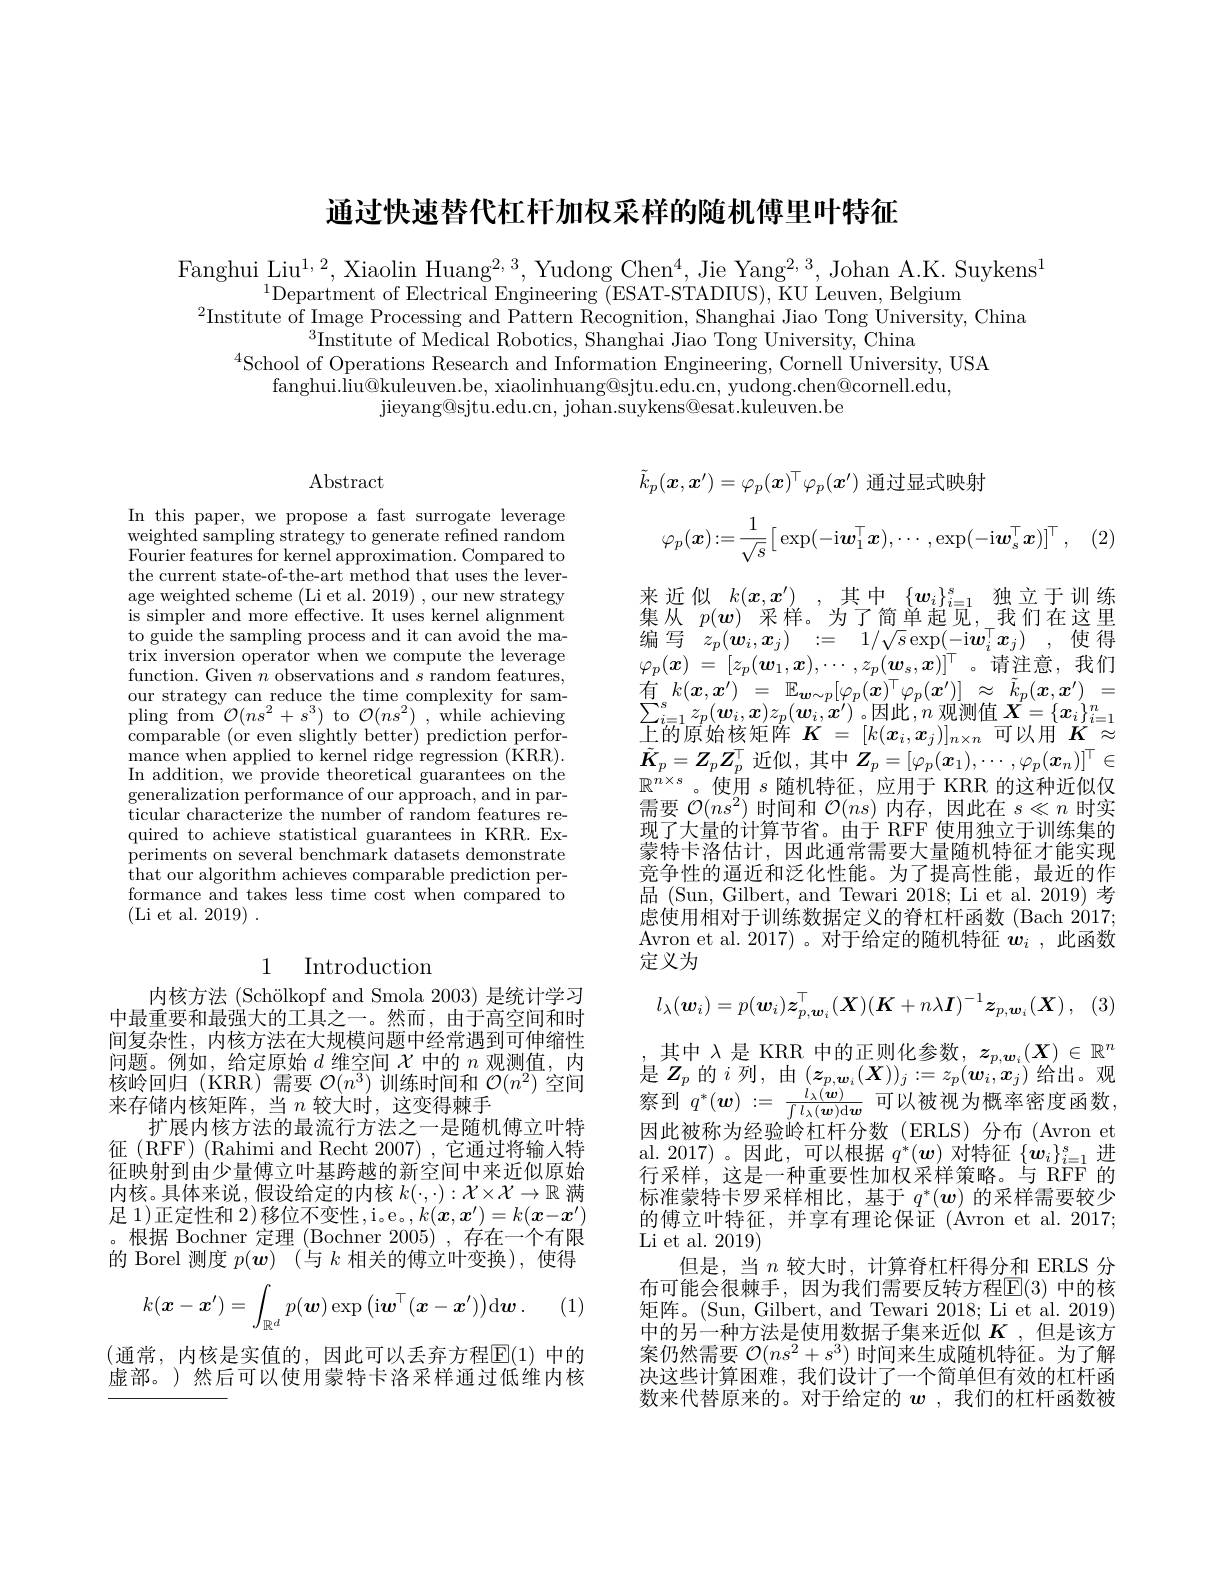
通过快速替代杠杆加权采样的随机傅里叶特征

Fanghui Liu$^1,2$, Xiaolin Huang$^2,3$, Yudong Chen$^4$, Jie Yang$^2,3$, Johan A.K. Suykens$^1$
$^{1}$Department of Electrical Engineering (ESAT-STADIUS), KU Leuven, Belgium
$^{2}$Institute of Image Processing and Pattern Recognition, Shanghai Jiao Tong University, China
$^{3}$Institute of Medical Robotics, Shanghai Jiao Tong University, China
$^{4}$School of Operations Research and Information Engineering, Cornell University, USA
fanghui.liu@kuleuven.be, xiaolinhuang@sjtu.edu.cn, yudong.chen@cornell.edu,
${\mathrm{jieyang@sjtu.edu.cn,~johan.suykens@esat.kuleuven.be}}$

## $\operatorname{Abstract}$

In this paper, we propose a fast surrogate leverage $\begin{array}{l}\mathrm{weighted~sampling~strategy~to~generate~refined~random}\\\mathrm{weighted~sampling~strategy~to~generate~refined~random}\end{array}$ Fourier features for kernel approximation. Compared to the current state-of-the-art method that uses the leverage weighted scheme (Li et al. 2019) ,our new strategy $\bar{\text{is simpler and more effective. It uses kernel alignment}}$ to guide the sampling process and it can avoid the matrix inversion operator when we compute the leverage function. Given $n$ observations and $s$ random features, our strategy can reduce the time complexity for sampling from $\mathcal{O}(ns^{2}+s^{3})$ to $\mathcal{O}(ns^{2})$, while achieving comparable (or even slightly better) prediction performance when applied to kernel ridge regression (KRR). In addition, we provide theoretical guarantees on the generalization performance of our approach, and in particular characterize the number of random features required to achieve statistical guarantees in KRR. Experiments on several benchmark datasets demonstrate that our algorithm achieves comparable prediction performance and takes less time cost when compared to (Li et al. 2019) .

## 1 Introduction

内核方法 (Schölkopf and Smola 2003) 是统计学习中最重要和最强大的工具之一。然而，由于高空间和时间复杂性，内核方法在大规模问题中经常遇到可伸缩性问题。例如，给定原始$d$维空间$\chi$中的$n$观测值，内核岭回归(KRR)需要$\mathcal{O}(n\overline{3})$训练时间和$\mathcal{O}(n^2)$空间来存储内核矩阵，当$n$较大时，这变得棘手
扩展内核方法的最流行方法之一是随机傅立叶特征 (RFF) (Rahimi and Recht 2007) ,它通过将输入特征映射到由少量傅立叶基跨越的新空间中来近似原始内核。具体来说，假设给定的内核$k(\cdot,\cdot):\mathcal{X}\times\mathcal{X}\to\mathbb{R}$满足 1)正定性和 2)移位不变性，i。e。$,k(\boldsymbol{x},\boldsymbol{x}^{\prime})=k(\boldsymbol{x}-\boldsymbol{x}^{\prime})$ 。根据 Bochner 定理 (Bochner 2005) ,存在一个有限的 Borel 测度$p( \boldsymbol{w})$ (与$k$相关的傅立叶变换),使得
$$k(\boldsymbol{x}-\boldsymbol{x}')=\int_{\mathbb{R}^d}p(\boldsymbol{w})\exp\left(\mathrm{i}\boldsymbol{w}^\top(\boldsymbol{x}-\boldsymbol{x}')\right)\mathrm{d}\boldsymbol{w}\:.$$
(1,

(通常，内核是实值的，因此可以丢弃方程$\mathbb{E}(1)$ 中的虚部。)然后可以使用蒙特卡洛采样通过低维内核
$$\varphi_p(\boldsymbol{x}):=\frac{1}{\sqrt{s}}\big[\exp(-\mathrm{i}\boldsymbol{w}_1^\top\boldsymbol{x}),\cdots,\exp(-\mathrm{i}\boldsymbol{w}_s^\top\boldsymbol{x})\big]^\top\:,$$
$$\tilde{k}_p(\boldsymbol{x},\boldsymbol{x}^{\prime})=\varphi_p(\boldsymbol{x})^\top\varphi_p(\boldsymbol{x}^{\prime})$$
来近似 $k( x, x^{\prime })$ ,其中$\{\boldsymbol w_i\}_i=1^s$独立于训练集从$p(\boldsymbol{w})$采样。为了简单起见，我们在这里编写$z_p( \boldsymbol{w}_i, \boldsymbol{x}_j)$ := $1/ \sqrt {s}\exp ( -$i$\boldsymbolw_i^\top \boldsymbol{x}_j)$ , 使得$\varphi _{p}( \boldsymbol{x})$ = $[ z_{p}( \boldsymbol{w}_{1}, \boldsymbol{x}) , \cdots$ $, z_{p}( \boldsymbol{w}_{s}, \boldsymbol{x}) ] ^{\top }$。请注意，我们$\begin{array}{cccc}\text{有}k(x,x^{\prime})&=&\mathbb{E}_{\boldsymbol{w}\sim p}[\varphi_{p}(\boldsymbol{x})^{\top}\varphi_{p}(\boldsymbol{x}^{\prime})]&\approx&\tilde{k}_{p}(\boldsymbol{x},\boldsymbol{x}^{\prime})\end{array}=$ $\sum_{i=1}^{s}z_{p}(\boldsymbol{w}_{i},\boldsymbol{x})z_{p}(\boldsymbol{w}_{i},\boldsymbol{x}^{\prime})$。因此$,n$ 观测值 $\boldsymbol X=\{\boldsymbol x_{i}\}_{i=1}^{n}$ $\overline{\text{上的原始核矩阵 }K}=[k(\boldsymbol{x}_i,\boldsymbol{x}_j)]_{n\times n}$可以用$K\approx$ $\tilde{K}_p=Z_pZ_p^\top$近似，其中$Z_p=[\varphi_p(\boldsymbol{x}_1),\cdots,\varphi_p(\boldsymbol{x}_n)]^\top\in$ $\mathbb{R}^{n\times s}$。使用$s$随机特征，应用于 KRR 的这种近似仅需要$\mathcal{O}(ns^2)$时间和$\mathcal{O}(ns)$内存，因此在$s\ll n$时实现了大量的计算节省。由于 RFF 使用独立于训练集的蒙特卡洛估计，因此通常需要大量随机特征才能实现竞争性的逼近和泛化性能。为了提高性能，最近的作品 (Sun, Gilbert, and Tewari 2018; Li et al. 2019) 考虑使用相对于训练数据定义的脊杠杆函数(Bach 2017; Avron et al. 2017)。对于给定的随机特征 $\boldsymbol{w}_i$ ,此函数定义为
$$l_\lambda(\boldsymbol{w}_i)=p(\boldsymbol{w}_i)\boldsymbol{z}_{p,\boldsymbol{w}_i}^\top(\boldsymbol{X})(\boldsymbol{K}+n\lambda\boldsymbol{I})^{-1}\boldsymbol{z}_{p,\boldsymbol{w}_i}(\boldsymbol{X})\:,$$
其中$\lambda$是 KRR 中的正则化参数，$z_p,w_i(\boldsymbol{X})\in\mathbb{R}^n$ 是$Z_p$ 的$i$ 列，由 $(\boldsymbol z_{p,\boldsymbol{w}_i}(\boldsymbol{X}))_j:=z_p(\boldsymbol{w}_i,\boldsymbol{x}_j)$ 给出。观察到$q^* ( \boldsymbol{w}) : =$ $\frac {l_{\lambda }( \boldsymbol{w}) }{\int l_{\lambda }( \boldsymbol{w}) \mathrm{d} \boldsymbol{w}}$可以被视为概率密度函数因此被称为经验岭杠杆分数(ERLS)分布(Avron et al. 2017)。因此，可以根据$q^*(\boldsymbol{w})$对特征$\{\boldsymbol{w}_i\}_{i=1}^s$进行采样，这是一种重要性加权采样策略。与 RFF 的标准蒙特卡罗采样相比，基于$q^*(\boldsymbol{w})$的采样需要较少的傅立叶特征，并享有理论保证(Avron et al.2017; Li et al. 2019)
但是，当$n$较大时，计算脊杠杆得分和 ERLS 分布可能会很棘手，因为我们需要反转方程$\mathbb{E}(3)$ 中的核矩阵。(Sun, Gilbert, and Tewari 2018; Li et al. 2019) 中的另一种方法是使用数据子集来近似$K$,但是该方案仍然需要$\mathcal{O}(ns^2+s^3)$时间来生成随机特征。为了解决这些计算困难，我们设计了一个简单但有效的杠杆函数来代替原来的。对于给定的$w$ ,我们的杠杆函数被